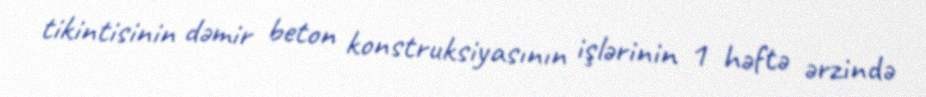
tikintisinin dəmir beton konstruksiyasının işlərinin 1 həftə ərzində